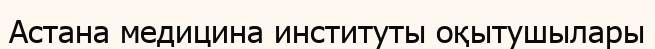
Астана медицина институты оқытушылары